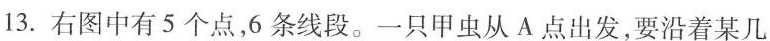
13.右图中有5个点，6条线段。一只甲虫从A点出发，要沿着某几